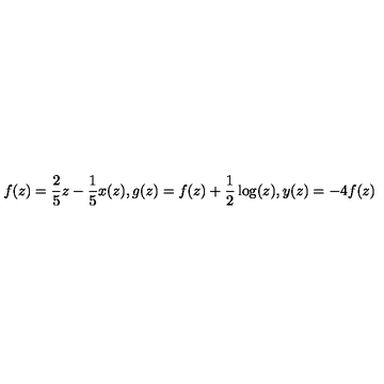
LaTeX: f ( z ) = \frac { 2 } { 5 } z - \frac { 1 } { 5 } x ( z ) , g ( z ) = f ( z ) + \frac { 1 } { 2 } \log ( z ) , y ( z ) = - 4 f ( z )